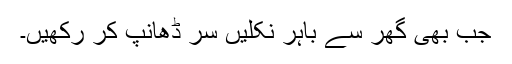
جب بھی گھر سے باہر نکلیں سر ڈھانپ کر رکھیں۔